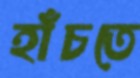
হাঁচতে